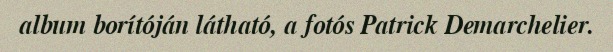
album borítóján látható, a fotós Patrick Demarchelier.